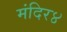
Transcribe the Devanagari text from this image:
मंदिर४